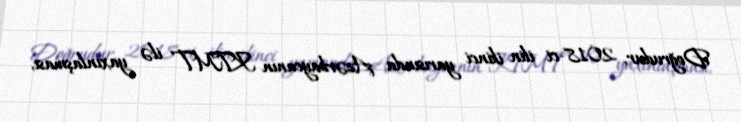
Doğrudur, 2018-ci ilin ikinci yarısında Azərbaycanın KTMT ilə yaxınlaşması,